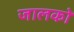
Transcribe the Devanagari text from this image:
जालकों